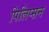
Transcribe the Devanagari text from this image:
पिलिप्सन